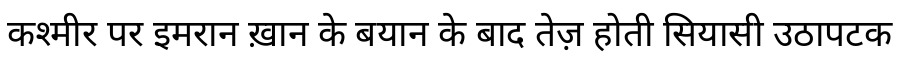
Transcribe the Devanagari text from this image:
कश्मीर पर इमरान ख़ान के बयान के बाद तेज़ होती सियासी उठापटक